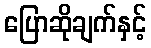
ပြောဆိုချက်နှင့်